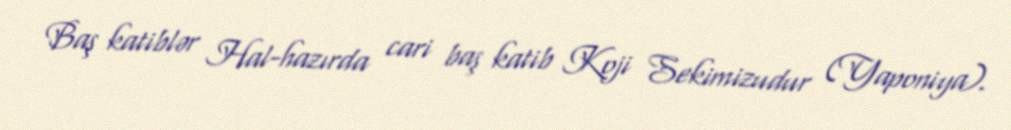
Baş katiblər Hal-hazırda cari baş katib Koji Sekimizudur (Yaponiya).